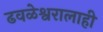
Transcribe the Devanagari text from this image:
ढवळेश्वरालाही